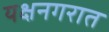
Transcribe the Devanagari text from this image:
यक्षनगरात